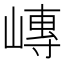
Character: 𪩍